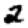
Digit: 2